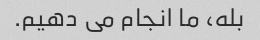
بله، ما انجام می دهیم.